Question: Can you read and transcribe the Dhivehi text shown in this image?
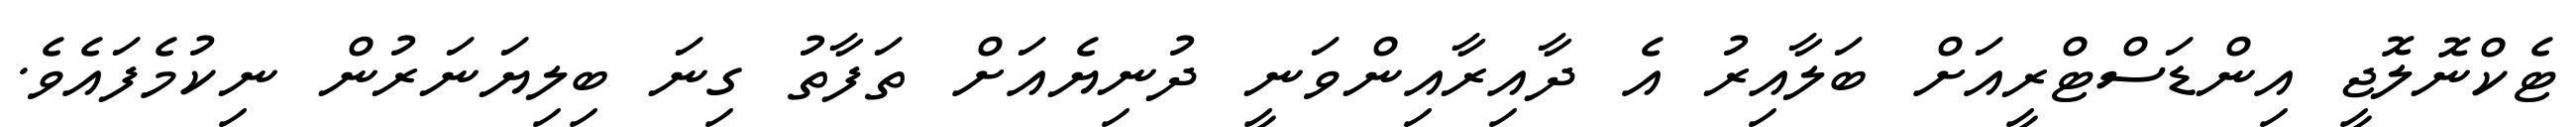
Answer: ޓެކްނޮލޮޖީ އިންޑަސްޓްރީއަށް ބަލާއިރު އެ ދާއިރާއިންވަނީ ދުނިޔެއަށް ތަފާތު ގިނަ ބިލިޔަނަރުން ނިކުމެފައެވެ.